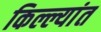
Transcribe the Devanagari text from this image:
किल्ल्यांत